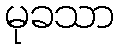
မုခသာ